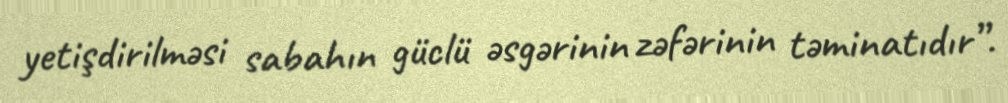
yetişdirilməsi sabahın güclü əsgərinin zəfərinin təminatıdır”.